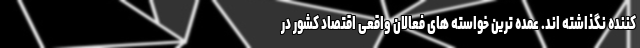
کننده نگذاشته اند. عمده ترین خواسته های فعالان واقعی اقتصاد کشور در